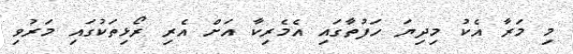
މި މަރާ އެކު މިދިޔަ ހަފުތާގައި އެމެރިކާ އަށް އެރި ރޯޅިތަކުގައި މަރުވި